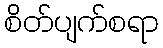
စိတ်ပျက်စရာ